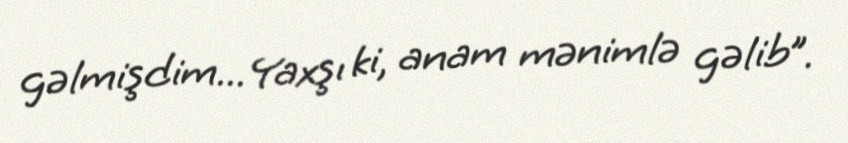
gəlmişdim... Yaxşı ki, anam mənimlə gəlib”.